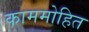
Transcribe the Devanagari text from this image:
काममोहित